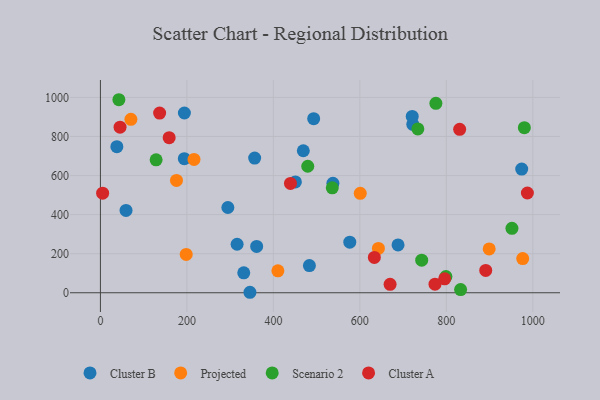
{"axis": {"x": "Experience", "y": "Salary"}, "legend": ["Cluster A", "Cluster B", "Projected", "Scenario 2"], "data": [{"x": "294.7", "y": 436.4, "type": "Cluster B"}, {"x": "194.0", "y": 686.5, "type": "Cluster B"}, {"x": "361.3", "y": 237.2, "type": "Cluster B"}, {"x": "38.0", "y": 747.7, "type": "Cluster B"}, {"x": "493.2", "y": 891.1, "type": "Cluster B"}, {"x": "316.1", "y": 248.4, "type": "Cluster B"}, {"x": "469.2", "y": 727.1, "type": "Cluster B"}, {"x": "194.2", "y": 920.3, "type": "Cluster B"}, {"x": "688.3", "y": 245.1, "type": "Cluster B"}, {"x": "576.7", "y": 259.1, "type": "Cluster B"}, {"x": "356.7", "y": 689.4, "type": "Cluster B"}, {"x": "537.7", "y": 560.0, "type": "Cluster B"}, {"x": "722.4", "y": 862.3, "type": "Cluster B"}, {"x": "721.1", "y": 902.9, "type": "Cluster B"}, {"x": "483.3", "y": 139.0, "type": "Cluster B"}, {"x": "450.9", "y": 567.6, "type": "Cluster B"}, {"x": "59.2", "y": 421.5, "type": "Cluster B"}, {"x": "974.3", "y": 633.2, "type": "Cluster B"}, {"x": "345.8", "y": 2.5, "type": "Cluster B"}, {"x": "331.5", "y": 102.3, "type": "Cluster B"}, {"x": "899.1", "y": 224.4, "type": "Projected"}, {"x": "976.6", "y": 175.0, "type": "Projected"}, {"x": "600.9", "y": 509.0, "type": "Projected"}, {"x": "216.4", "y": 682.6, "type": "Projected"}, {"x": "410.4", "y": 112.2, "type": "Projected"}, {"x": "198.4", "y": 196.2, "type": "Projected"}, {"x": "70.5", "y": 888.1, "type": "Projected"}, {"x": "175.9", "y": 575.1, "type": "Projected"}, {"x": "642.9", "y": 226.9, "type": "Projected"}, {"x": "799.0", "y": 82.8, "type": "Scenario 2"}, {"x": "128.8", "y": 680.3, "type": "Scenario 2"}, {"x": "743.0", "y": 166.6, "type": "Scenario 2"}, {"x": "980.4", "y": 845.3, "type": "Scenario 2"}, {"x": "479.5", "y": 647.6, "type": "Scenario 2"}, {"x": "42.7", "y": 988.2, "type": "Scenario 2"}, {"x": "775.8", "y": 969.8, "type": "Scenario 2"}, {"x": "833.0", "y": 16.4, "type": "Scenario 2"}, {"x": "536.2", "y": 537.0, "type": "Scenario 2"}, {"x": "951.7", "y": 329.8, "type": "Scenario 2"}, {"x": "734.1", "y": 838.9, "type": "Scenario 2"}, {"x": "796.1", "y": 71.3, "type": "Cluster A"}, {"x": "439.5", "y": 559.9, "type": "Cluster A"}, {"x": "830.8", "y": 836.6, "type": "Cluster A"}, {"x": "159.0", "y": 793.9, "type": "Cluster A"}, {"x": "669.9", "y": 43.0, "type": "Cluster A"}, {"x": "633.5", "y": 180.7, "type": "Cluster A"}, {"x": "45.4", "y": 847.6, "type": "Cluster A"}, {"x": "891.1", "y": 114.5, "type": "Cluster A"}, {"x": "136.9", "y": 920.0, "type": "Cluster A"}, {"x": "5.1", "y": 509.9, "type": "Cluster A"}, {"x": "773.8", "y": 43.8, "type": "Cluster A"}, {"x": "987.4", "y": 510.7, "type": "Cluster A"}]}